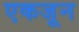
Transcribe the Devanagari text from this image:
एकजून